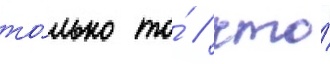
то́лько то́ / что́